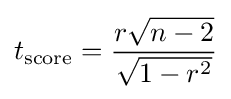
t_{\text{score}}={\frac {r{\sqrt {n-2}}}{\sqrt {1-r^{2}}}}